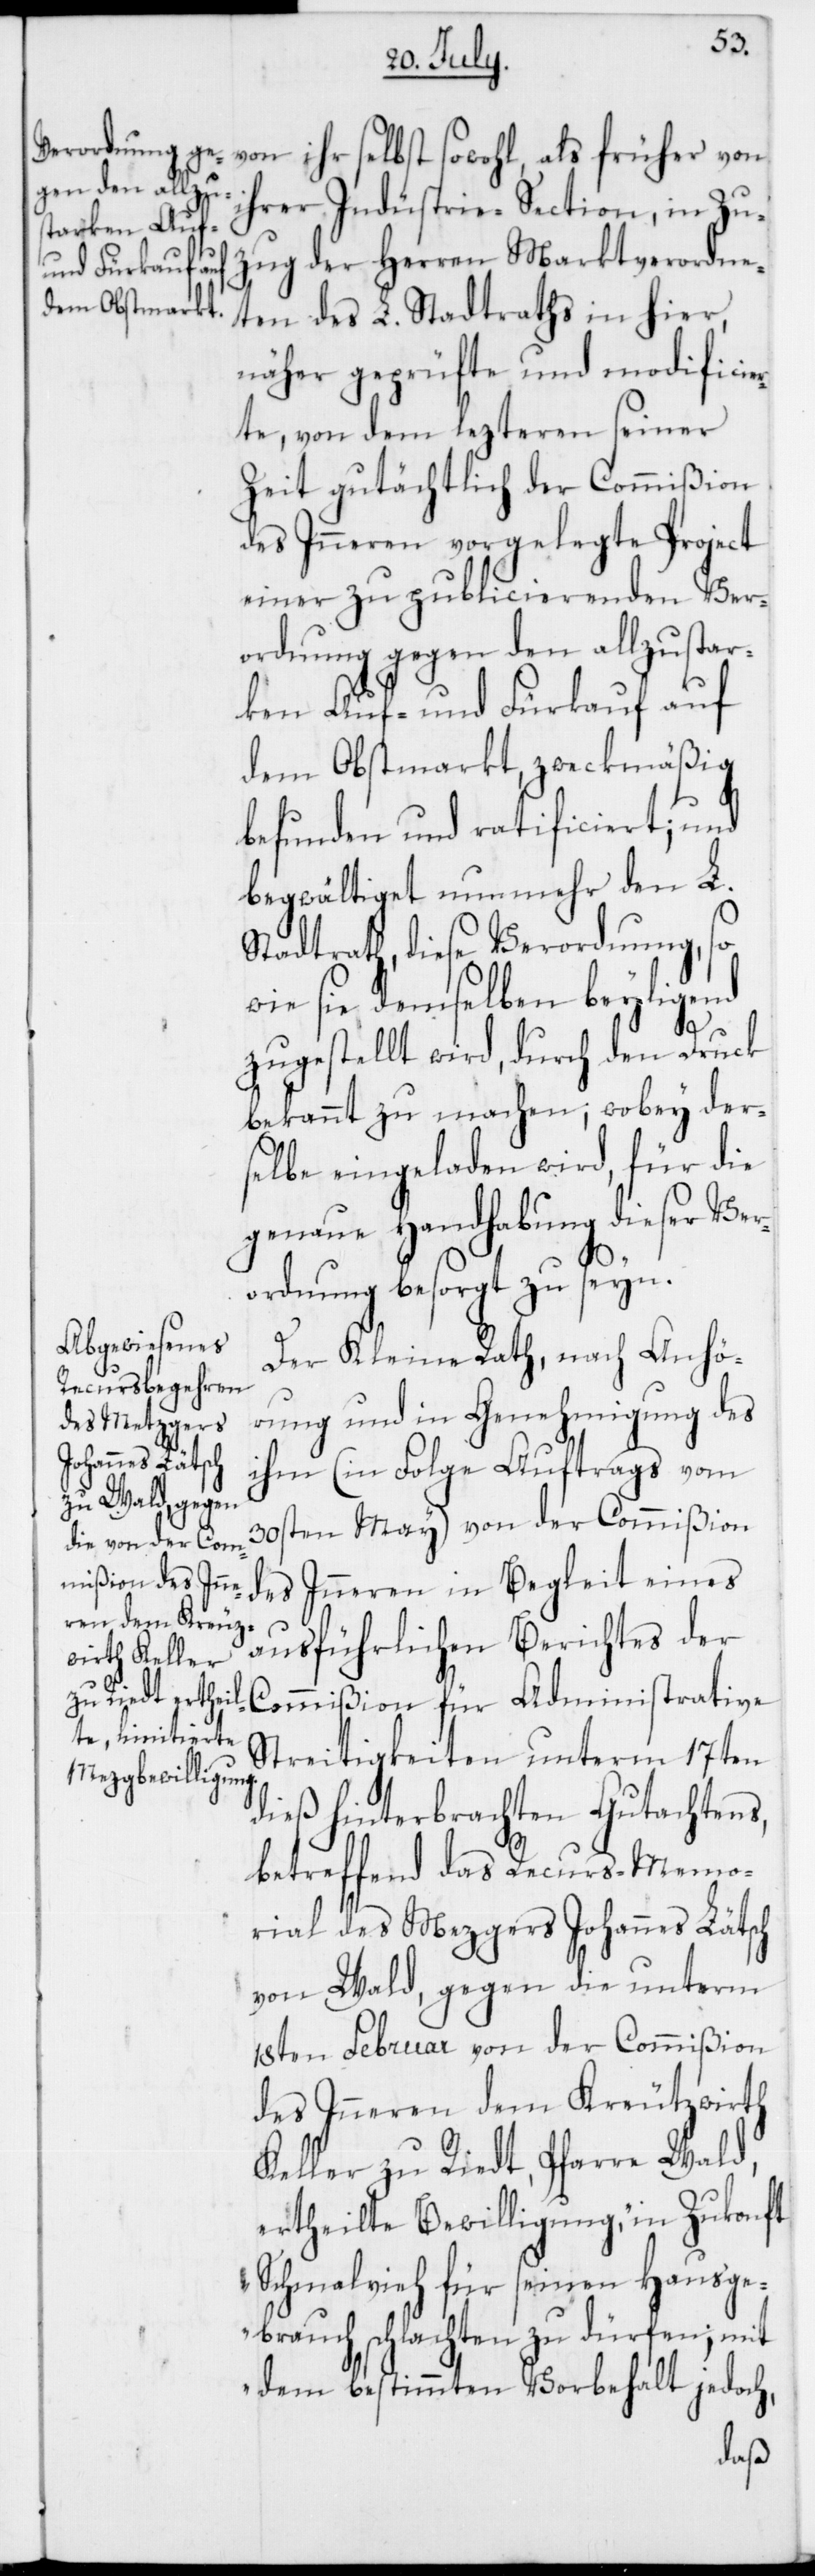
ihrer Industrie-Section, in Zu¬
zug der Herren Marktverordne¬
ten des L. Stadtraths in hier,
näher geprüfte und modifici¬
te, von dem lezteren seiner
Zeit gutächtlich der Commißion
des Inneren vorgelegte Project
einer zu publicierenden Ver¬
ordnung gegen den allzustar¬
ken Auf- und Fürkauf auf
dem Obstmarkt, zweckmäßig
befunden und ratificiert; und
Stadtrath, diese Verordnung, so
wie sie demselben beyligend
zugestellt wird, durch den Druck
bekannt zu machen, wobey der¬
selbe eingeladen wird, für die
genaue Handhabung dieser Ver¬
ordnung besorgt zu seyn.
Der Kleine Rath, nach Anhö¬
rung und in Genehmigung des
ihm (in Folge Auftrags vom
30sten May) von der Commißion
des Inneren in Begleit eines
ausführlichen Berichtes der
Commißion für Administrative
Streitigkeiten unterm 17ten
dieß hinterbrachten Gutachtens,
betreffend das Recurs-Memo¬
rial des Mezgers Johannes Lätsch
von Wald, gegen die unterm
18ten Februar von der Commißion
des Inneren dem Kreutzwirth
L.
Keller zu Riedt, Pfarre Wald,
ertheilte Bewilligung, „in Zukonft
Schmalvieh für seinen Hausge¬
brauch schlachten zu dürfen; mit
dem bestimmten Vorbehalt jedoch,